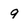
Character: 9